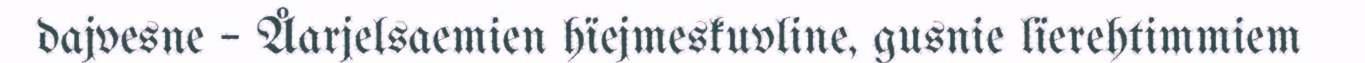
dajvesne – Åarjelsaemien hïejmeskuvline, gusnie lïerehtimmiem